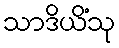
သာဒိယိံသု